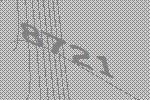
8721